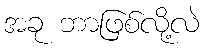
အခု ဘာဖြစ်လို့လဲ